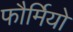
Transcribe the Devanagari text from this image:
फौर्मियो